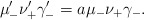
\begin{align*}\mu'_- \nu'_+ \gamma'_- = a \mu_- \nu_+ \gamma_-.\end{align*}